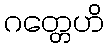
ဂတ္တေဟိ